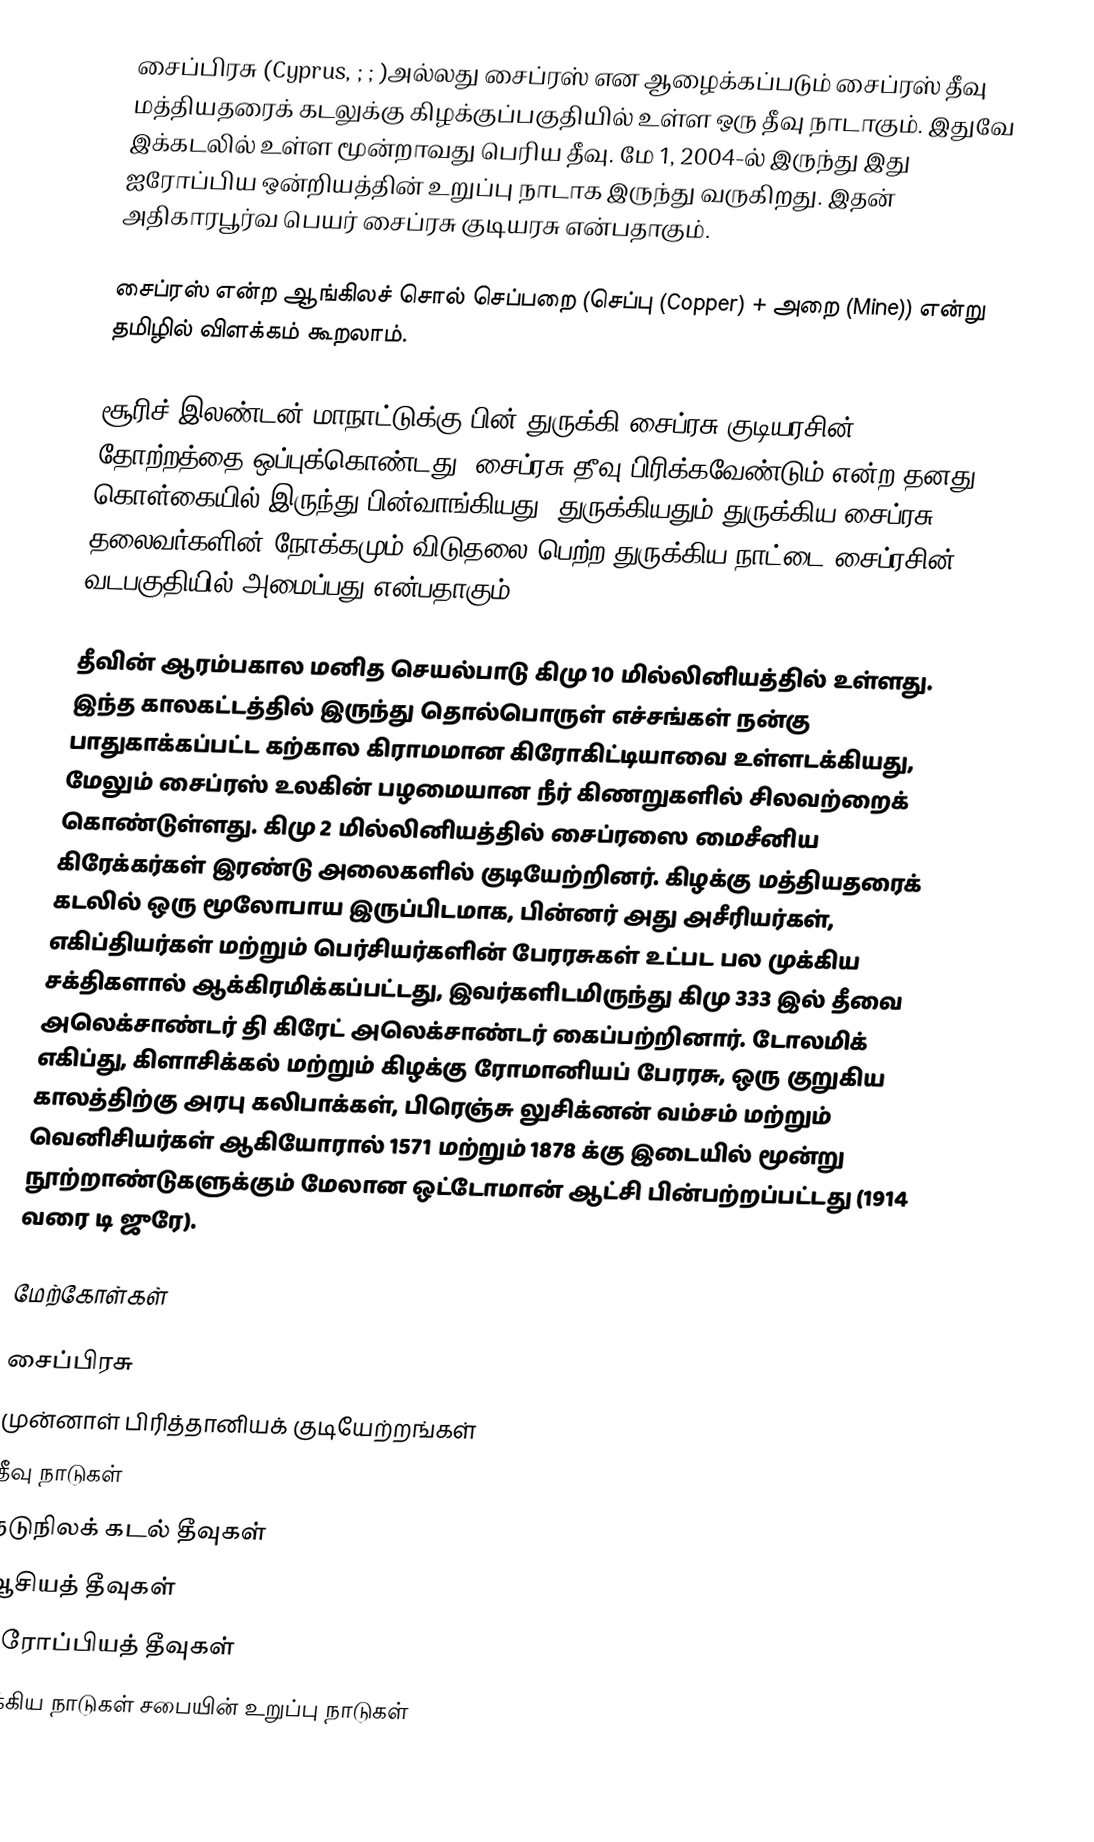
சைப்பிரசு (Cyprus, ; ; )அல்லது சைப்ரஸ் என ஆழைக்கப்படும் சைப்ரஸ் தீவு மத்தியதரைக் கடலுக்கு கிழக்குப்பகுதியில் உள்ள ஒரு தீவு நாடாகும். இதுவே இக்கடலில் உள்ள மூன்றாவது பெரிய தீவு. மே 1, 2004-ல் இருந்து இது ஐரோப்பிய ஒன்றியத்தின் உறுப்பு நாடாக இருந்து வருகிறது. இதன் அதிகாரபூர்வ பெயர் சைப்ரசு குடியரசு என்பதாகும்.

சைப்ரஸ் என்ற ஆங்கிலச் சொல் செப்பறை (செப்பு (Copper) + அறை (Mine)) என்று தமிழில் விளக்கம் கூறலாம்.

சூரிச் இலண்டன் மாநாட்டுக்கு பின் துருக்கி சைப்ரசு குடியரசின் தோற்றத்தை ஒப்புக்கொண்டது. சைப்ரசு தீவு பிரிக்கவேண்டும் என்ற தனது  கொள்கையில் இருந்து பின்வாங்கியது. துருக்கியதும் துருக்கிய சைப்ரசு தலைவர்களின் நோக்கமும் விடுதலை பெற்ற துருக்கிய நாட்டை சைப்ரசின் வடபகுதியில் அமைப்பது என்பதாகும்.

தீவின் ஆரம்பகால மனித செயல்பாடு கிமு 10 மில்லினியத்தில் உள்ளது. இந்த காலகட்டத்தில் இருந்து தொல்பொருள் எச்சங்கள் நன்கு பாதுகாக்கப்பட்ட கற்கால கிராமமான கிரோகிட்டியாவை உள்ளடக்கியது, மேலும் சைப்ரஸ் உலகின் பழமையான நீர் கிணறுகளில் சிலவற்றைக் கொண்டுள்ளது. கிமு 2 மில்லினியத்தில் சைப்ரஸை மைசீனிய கிரேக்கர்கள் இரண்டு அலைகளில் குடியேற்றினர். கிழக்கு மத்தியதரைக் கடலில் ஒரு மூலோபாய இருப்பிடமாக, பின்னர் அது அசீரியர்கள், எகிப்தியர்கள் மற்றும் பெர்சியர்களின் பேரரசுகள் உட்பட பல முக்கிய சக்திகளால் ஆக்கிரமிக்கப்பட்டது, இவர்களிடமிருந்து கிமு 333 இல் தீவை அலெக்சாண்டர் தி கிரேட் அலெக்சாண்டர் கைப்பற்றினார். டோலமிக் எகிப்து, கிளாசிக்கல் மற்றும் கிழக்கு ரோமானியப் பேரரசு, ஒரு குறுகிய காலத்திற்கு அரபு கலிபாக்கள், பிரெஞ்சு லுசிக்னன் வம்சம் மற்றும் வெனிசியர்கள் ஆகியோரால் 1571 மற்றும் 1878 க்கு இடையில் மூன்று நூற்றாண்டுகளுக்கும் மேலான ஒட்டோமான் ஆட்சி பின்பற்றப்பட்டது (1914 வரை டி ஜுரே).

மேற்கோள்கள்

சைப்பிரசு
முன்னாள் பிரித்தானியக் குடியேற்றங்கள்
தீவு நாடுகள்
நடுநிலக் கடல் தீவுகள்
ஆசியத் தீவுகள்
ஐரோப்பியத் தீவுகள்
ஐக்கிய நாடுகள் சபையின் உறுப்பு நாடுகள்